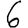
Digit: 6